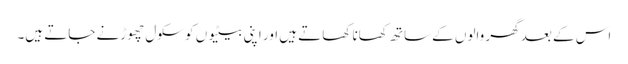
اس کے بعد گھر والوں کے ساتھ کھانا کھاتے ہیں اور اپنی بیٹیوں کو سکول چھوڑنے جاتے ہیں۔